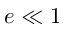
e \ll 1